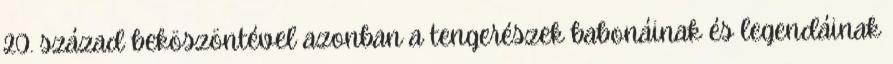
20. század beköszöntével azonban a tengerészek babonáinak és legendáinak